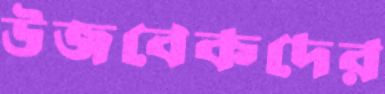
উজবেকদের